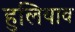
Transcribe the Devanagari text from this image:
हुलियाव